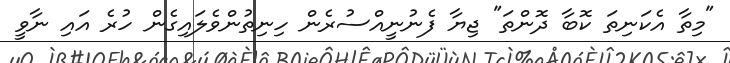
"މިތާ އެކަނިތަ ކޮބާ ދޮންތަ" ޖިޔާ ފެނުނީއްސުރެން ހިނިތުންވެލައިގެން ހުރެ އައި ނާވީ